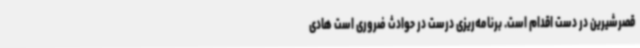
قصرشیرین در دست اقدام است. برنامه‌ریزی درست در حوادث ضروری است هادی